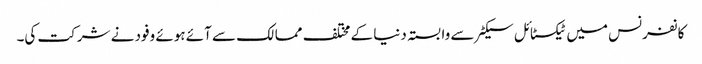
کانفرنس میں ٹیکسٹائل سیکٹر سے وابستہ دنیا کے مختلف ممالک سے آئے ہوئے وفود نے شرکت کی۔